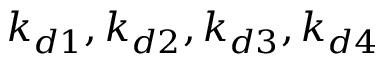
k _ { d 1 } , k _ { d 2 } , k _ { d 3 } , k _ { d 4 }